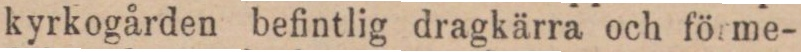
kyrkogården befintlig dragkärra och förme-